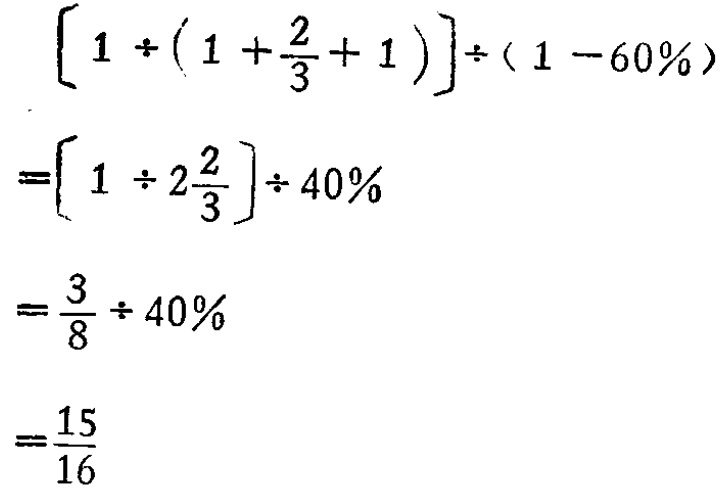
\[

\begin{align*}

&\left[1\div\left(1 + \frac{2}{3}+1\right)\right]\div(1 - 60\%)\\

=&\left[1\div2\frac{2}{3}\right]\div40\%\\

=&\frac{3}{8}\div40\%\\

=&\frac{15}{16}

\end{align*}

\]